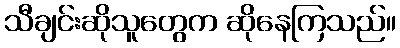
သီချင်းဆိုသူတွေက ဆိုနေကြသည်။